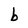
Character: b